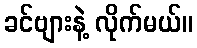
ခင်ဗျားနဲ့ လိုက်မယ်။